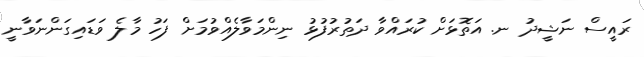
ރައީސް ނަޝީދު ނ. އަތޮޅަށް ކުރައްވާ ދަތުރުފުޅު ނިންމަވާލެއްވުމަށް ފަހު މާލެ ވަޑައިގަންނަވާނީ